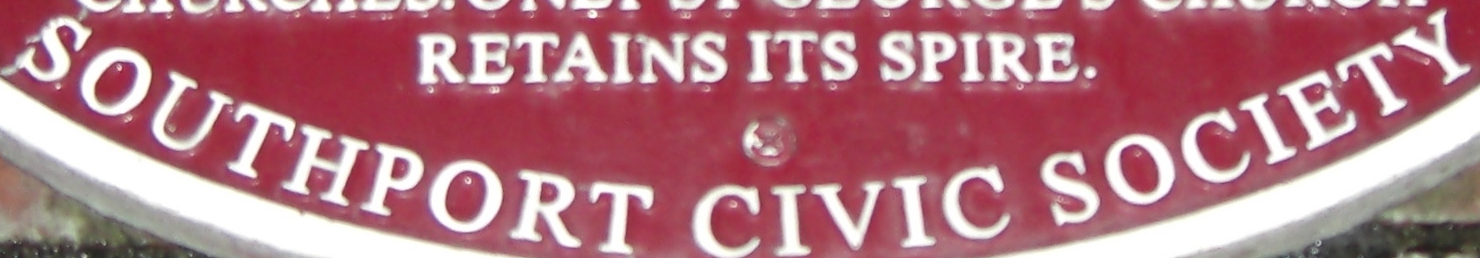
SOUTHPORT CIVIC SOCIETY